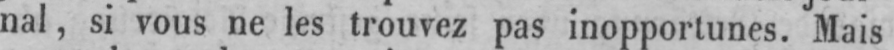
nal, si vous ne les trouvez pas inopportunes. Mais